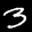
Label: 3